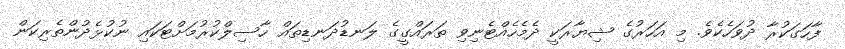
ފާހަގަކުރާ ދުވަހެކެވެ. މި އަހަރުގެ ޝިޔާރަކީ ދެމެހެއްޓެނިވި ތަރައްގީގެ ލަނޑުދަނޑިތައް ހާސިލްކުރުމަށްޓަކައި ނުކުޅެދުންތެރިކަން